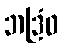
ဘဒြံဝ